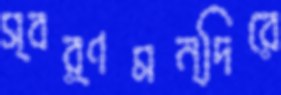
স্বর্ণমন্দিরে